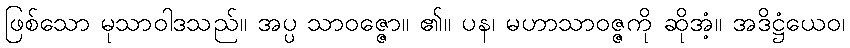
ဖြစ်သော မုသာဝါဒသည်။ အပ္ပ သာဝဇ္ဇော။ ၏။ ပန၊ မဟာသာဝဇ္ဇကို ဆိုအံ့။ အဒိဋ္ဌံယေဝ၊